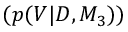
( p ( V | D , M _ { 3 } ) )